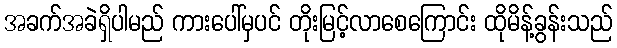
အခက်အခဲရှိပါမည် ကားပေါ်မှပင် တိုးမြင့်လာစေကြောင်း ထိုမိန့်ခွန်းသည်